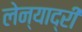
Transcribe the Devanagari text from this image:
लेन्याद्री